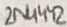
Text: 2N4442